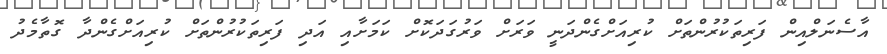
އާސެނަލްއިން ފަރިތަކުރުންތަށް ކުރިއަށްގެންދަނީ ވަރަށް ވަރުގަދަކޮށް ކަމަށާއި އަދި ފަރިތަކުރުންތަށް ކުރިއަށްގެންދާ ގޮތާމެދު